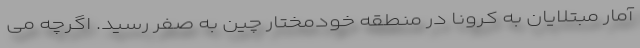
آمار مبتلایان به کرونا در منطقه خودمختار چین به صفر رسید. اگرچه می